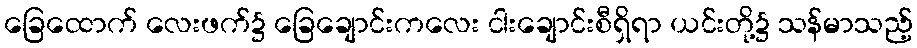
ခြေထောက် လေးဖက်၌ ခြေချောင်းကလေး ငါးချောင်းစီရှိရာ ယင်းတို့၌ သန်မာသည့်